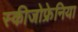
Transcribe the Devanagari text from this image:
स्कीजोफ्रेनिया